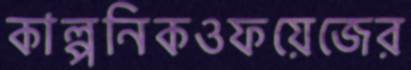
কাল্পনিকওফয়েজের